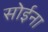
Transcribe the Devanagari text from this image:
सोईना